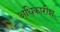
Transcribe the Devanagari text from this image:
अधिकारीश्